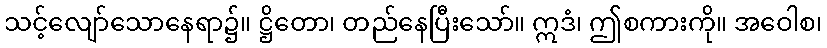
သင့်လျော်သောနေရာ၌။ ဋ္ဌိတော၊ တည်နေပြီးသော်။ ဣဒံ၊ ဤစကားကို။ အဝေါစ၊